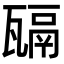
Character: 𤮄